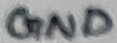
Text: GND